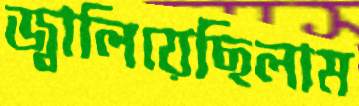
জ্বালিয়েছিলাম